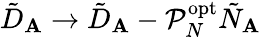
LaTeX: \tilde{D}_{\mathbf{A}}\rightarrow\tilde{D}_{\mathbf{A}}-\mathcal{P}_{N}^{\mathrm{opt}}\tilde{N}_{\mathbf{A}}